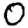
Digit: 0